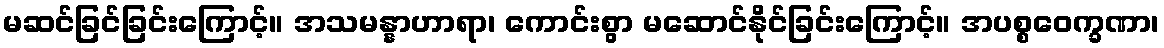
မဆင်ခြင်ခြင်းကြောင့်။ အသမန္နာဟာရာ၊ ကောင်းစွာ မဆောင်နိုင်ခြင်းကြောင့်။ အပစ္စဝေက္ခဏာ၊